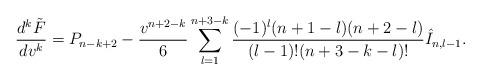
LaTeX: \begin{align*} \frac{d^k\tilde{F}}{dv^k}=P_{n-k+2}-\frac{v^{n+2-k}}{6}\sum_{l=1}^{n+3-k}\frac{(-1)^l(n+1-l)(n+2-l)}{(l-1)!(n+3-k-l)!}\hat{I}_{n,l-1}.\end{align*}